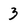
Character: 3